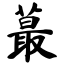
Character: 蕞